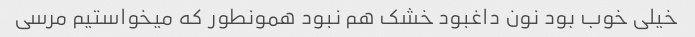
خیلی خوب بود نون داغبود خشک هم نبود همونطور که میخواستیم مرسی